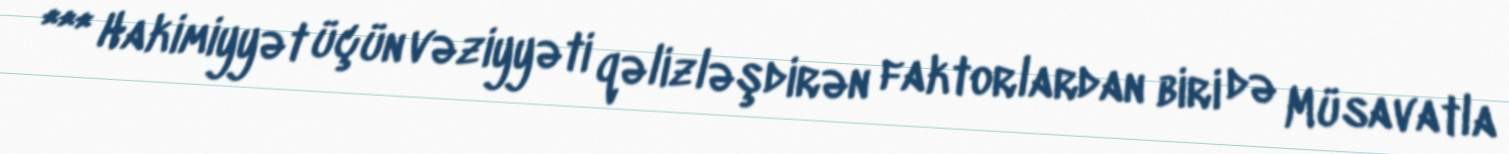
*** Hakimiyyət üçün vəziyyəti qəlizləşdirən faktorlardan biri də Müsavatla